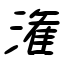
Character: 潅